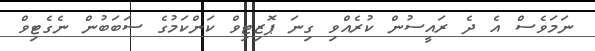
ނަމަވެސް އެ ދެ ރައީސުން ކުރެއްވި ގިނަ ޕޮޒިޓިވް ކަންކަމުގެ ސަބަބުން ނެގެޓިވް